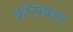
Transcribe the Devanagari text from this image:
कोंचकार